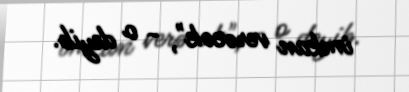
imkan verəcək", - o deyib.